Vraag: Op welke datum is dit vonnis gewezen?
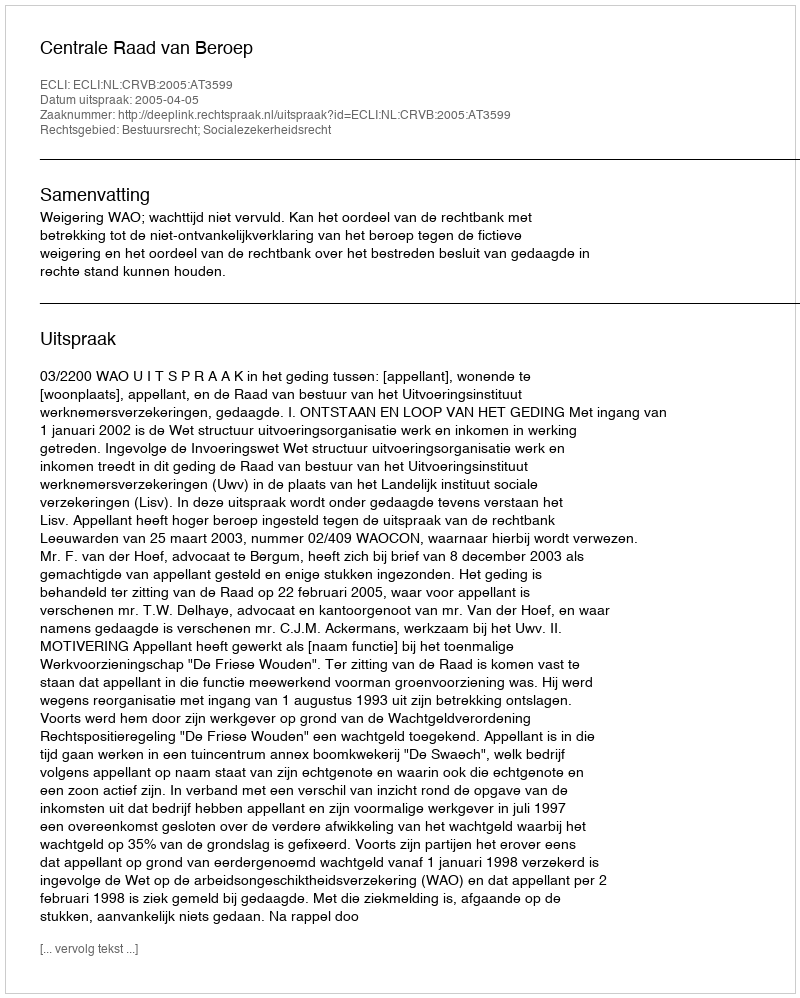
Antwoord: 2005-04-05